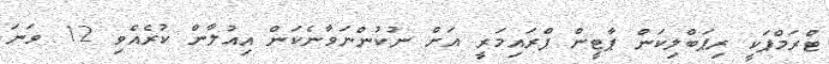
ޓްރަމްޕަކީ ރިޕަބްލިކަން ޕާޓީން ޕްރައިމަރީ އަށް ނުކުންނަވާނެކަން އިއުލާން ކުރެއްވި 12 ވަަނަ